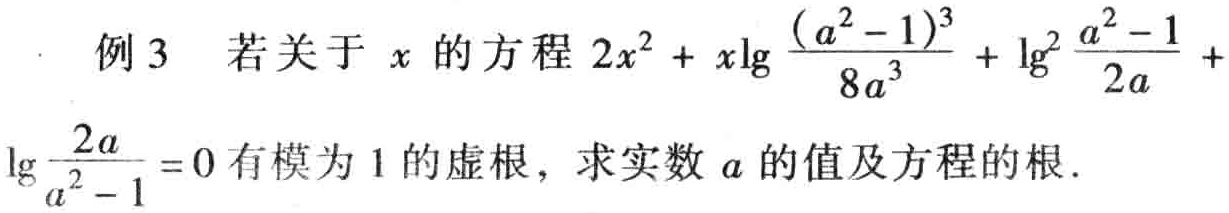
例3 若关于\(x\)的方程\(2x^{2}+x\lg\frac{(a^{2} - 1)^{3}}{8a^{3}}+\lg^{2}\frac{a^{2} - 1}{2a}+\lg\frac{2a}{a^{2} - 1}=0\)有模为\(1\)的虚根，求实数\(a\)的值及方程的根.